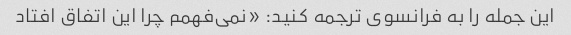
این جمله را به فرانسوی ترجمه کنید: «نمی‌فهمم چرا این اتفاق افتاد